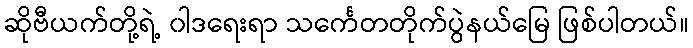
ဆိုဗီယက်တို့ရဲ့ ၀ါဒရေးရာ သင်္ကေတတိုက်ပွဲနယ်မြေ ဖြစ်ပါတယ်။